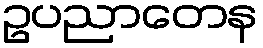
ဥပညာတေန